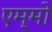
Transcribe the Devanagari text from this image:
एम्मो